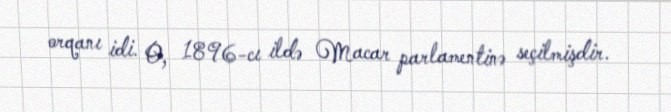
orqanı idi. O, 1896-cı ildə Macar parlamentinə seçilmişdir.